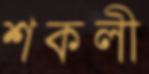
শকলী